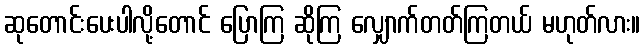
ဆုတောင်းပေးပါလို့တောင် ပြောကြ ဆိုကြ လျှောက်တတ်ကြတယ် မဟုတ်လား။